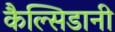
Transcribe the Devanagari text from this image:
कैल्सिडानी